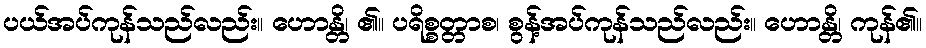
ပယ်အပ်ကုန်သည်လည်း။ ဟောန္တိ၊ ၏။ ပရိစ္စတ္တာစ၊ စွန့်အပ်ကုန်သည်လည်း။ ဟောန္တိ၊ ကုန်၏။